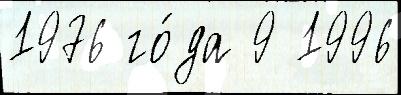
1976 го́да 9 1996